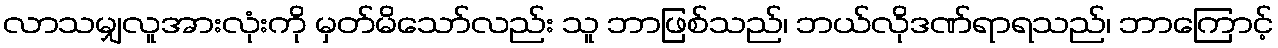
လာသမျှလူအားလုံးကို မှတ်မိသော်လည်း သူ ဘာဖြစ်သည်၊ ဘယ်လိုဒဏ်ရာရသည်၊ ဘာကြောင့်